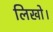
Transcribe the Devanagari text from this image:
लिखो।